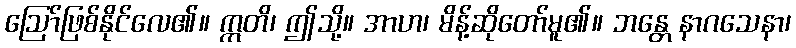
ဩော်ဖြစ်နိုင်လေ၏။ ဣတိ၊ ဤသို့။ အာဟ၊ မိန့်ဆိုတော်မူ၏။ ဘန္တေ နာဂသေနာ၊